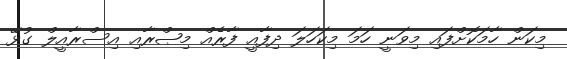
މިކަން ހާމަކޮށްފައި މިވަނީ ހަމަ މިކަހަލަ ދިފާއީ ފާރެއް މިޞްރާއި އިސްރާއީލް ގުޅޭ